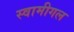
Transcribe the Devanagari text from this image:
स्वामीगल